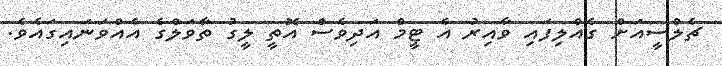
ޗެލްސީއަށް ގެއްލިފައި ވާއިރު އެ ޓީމް އަދިވެސް އޮތީ ލީގު ތާވަލްގެ އެއްވަނައިގައެވެ.